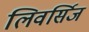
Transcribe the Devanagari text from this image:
लिवर्सिज